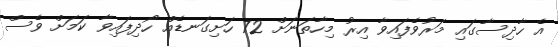
އެ ހާދިސާގައި މަރުވެފައިވާ އިރު މިހާތަނަށް 72 ހަށިގަނޑެއް ހޯދިފައިވާ ކަމަށް ވެސް